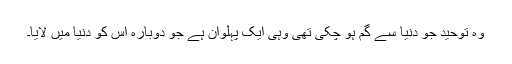
وہ توحید جو دنیا سے گم ہو چکی تھی وہی ایک پہلوان ہے جو دوبارہ اس کو دنیا میں لایا۔